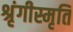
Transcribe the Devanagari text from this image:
श्रृंगीस्मृति